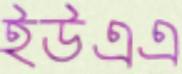
ইউএএ